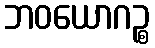
ဘဝယောဂဉ္စ